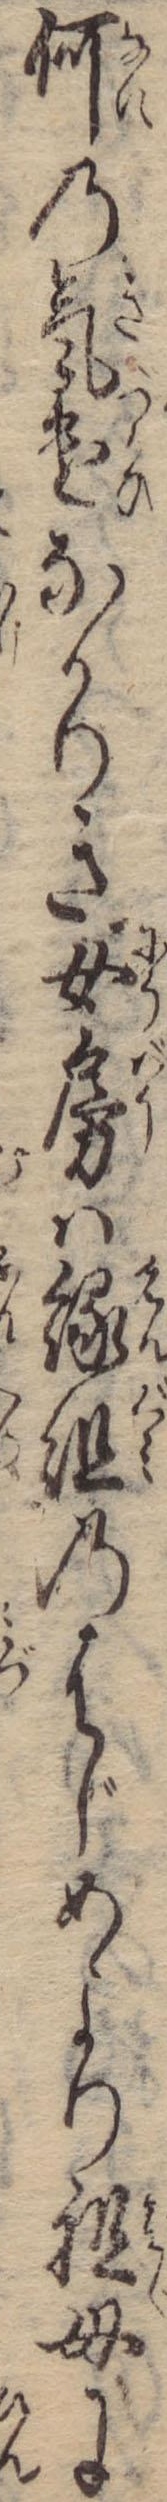
何の気遣なかりき女房は縁組のはじめより祖母に